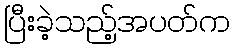
ပြီးခဲ့သည့်အပတ်က